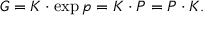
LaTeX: \displaystyle { G = K \cdot \exp { \mathfrak { p } } = K \cdot P = P \cdot K . }